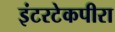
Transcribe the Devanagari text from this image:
इंटरटेकपीरा